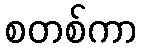
စတစ်ကာ